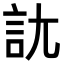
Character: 𧥩